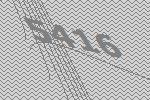
5416